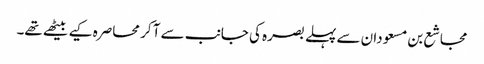
مجاشع بن مسعودان سے پہلے بصرہ کی جانب سے آ کر محاصرہ کیے بیٹھے تھے۔